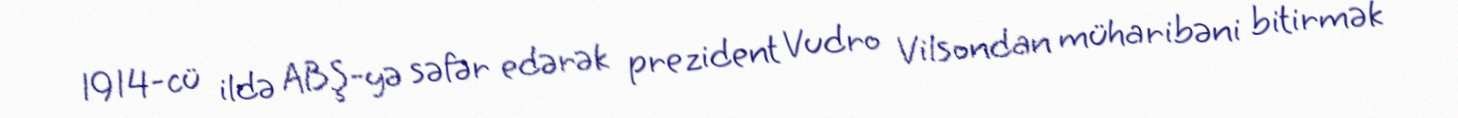
1914-cü ildə ABŞ-yə səfər edərək prezident Vudro Vilsondan müharibəni bitirmək